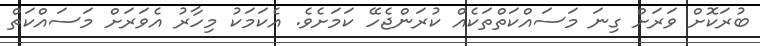
ބުރަކޮށް ވަރަށް ގިނަ މަސައްކަތްތަކެއް ކުރަންޖެހޭ ކަމަށެވެ. އެކަމަކު މިހާރު އެވަރަށް މަސައްކަތް